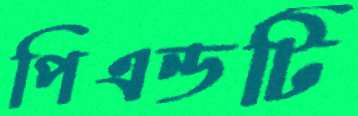
পিএন্ডটি